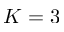
K = 3